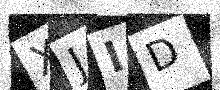
Text: XJID